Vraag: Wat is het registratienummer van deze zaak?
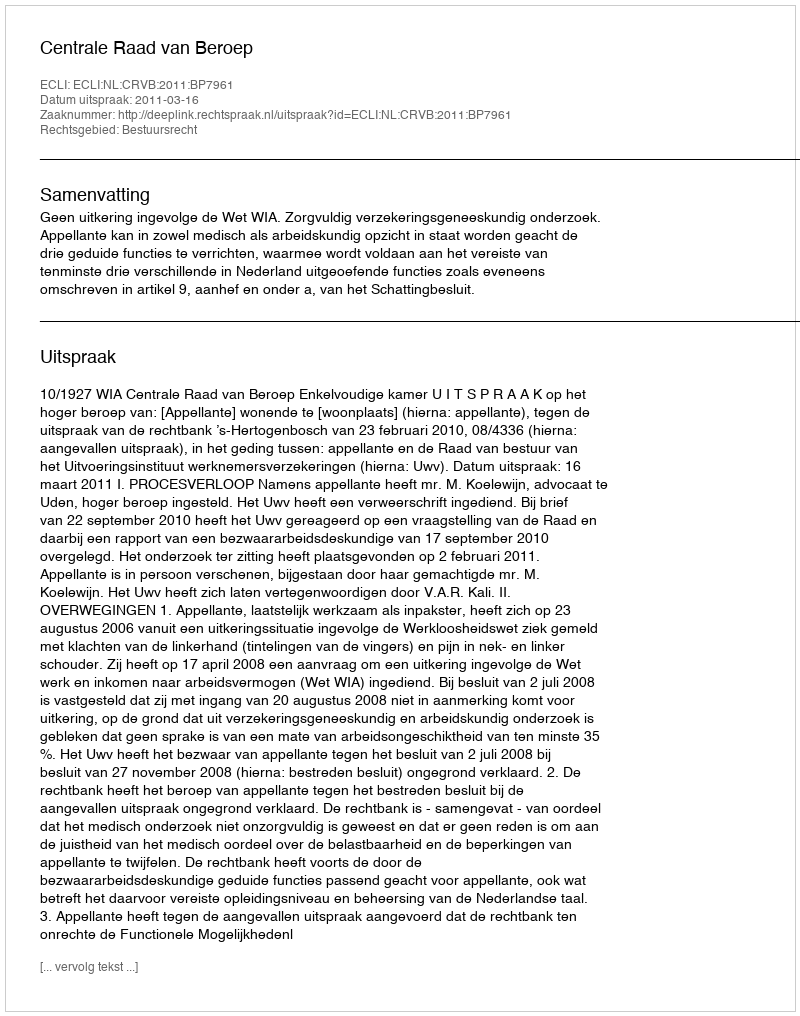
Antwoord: http://deeplink.rechtspraak.nl/uitspraak?id=ECLI:NL:CRVB:2011:BP7961